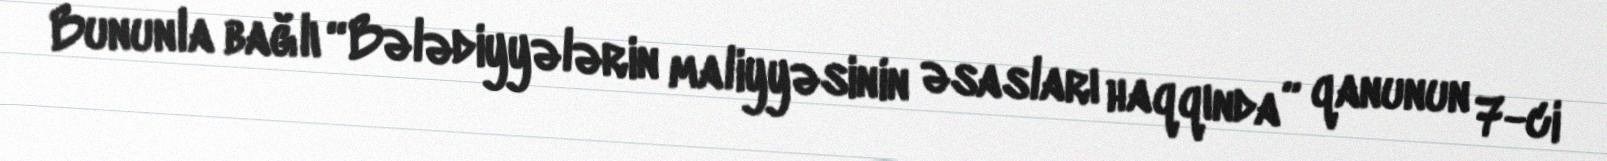
Bununla bağlı “Bələdiyyələrin maliyyəsinin əsasları haqqında” qanunun 7-ci